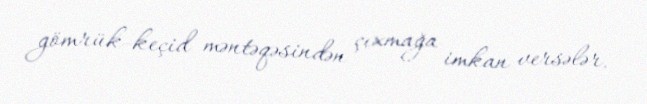
gömrük-keçid məntəqəsindən çıxmağa imkan versələr.